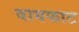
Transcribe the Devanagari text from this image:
वायफाट